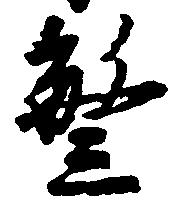
繁